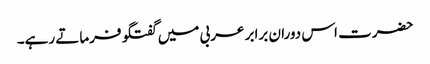
حضرت اس دوران برابر عربی میں گفتگو فرماتے رہے۔